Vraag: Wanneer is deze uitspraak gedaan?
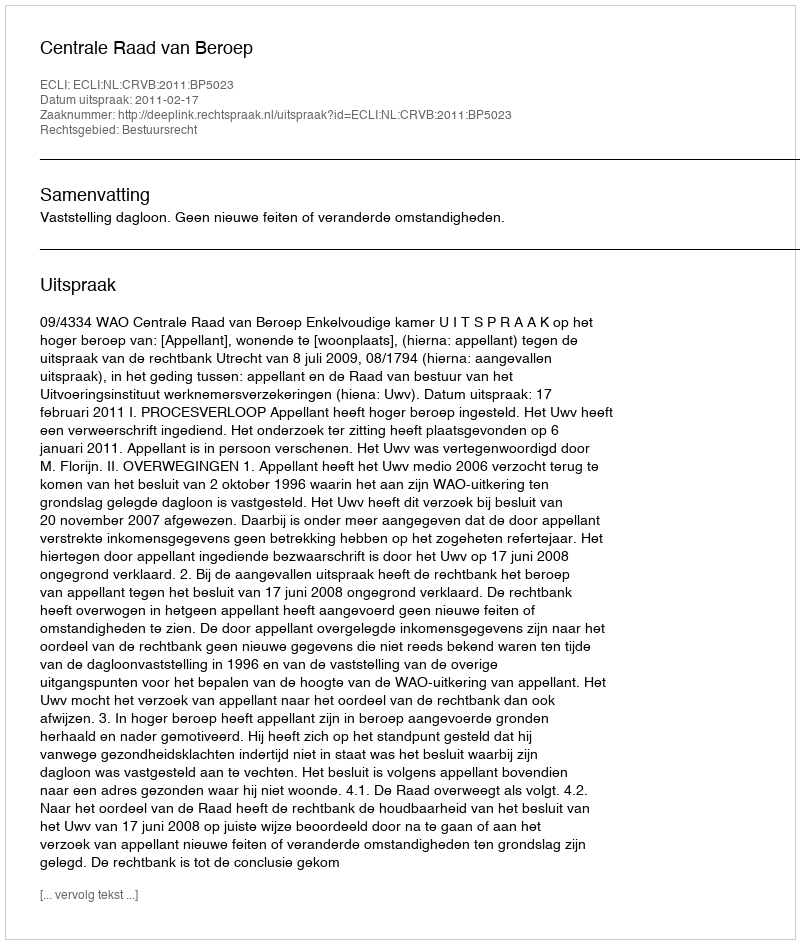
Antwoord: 2011-02-17